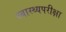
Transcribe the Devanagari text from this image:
स्वास्थ्यपरीक्षा